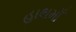
હાથમાઁ